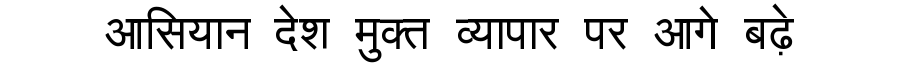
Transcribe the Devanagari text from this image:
आसियान देश मुक्त व्यापार पर आगे बढ़े